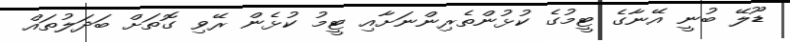
ޑޫލޭ ބުނީ އޭނާގެ ޓީމުގެ ކުޅުންތެރިންނަށާއި ޓީމު ކުޅެން ރޭވި ގޮތަށް ބަދަލުތައް